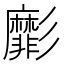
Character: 𢒺